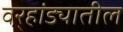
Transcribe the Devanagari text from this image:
वर्‍हांड्यातील